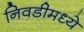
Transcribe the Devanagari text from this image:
निवडीमध्ये